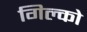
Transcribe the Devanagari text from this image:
गिल्को